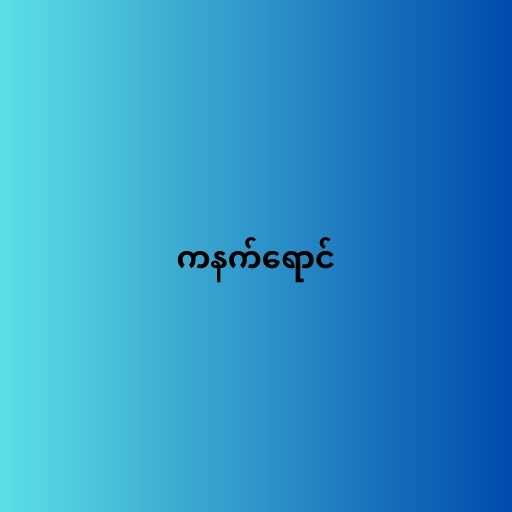
ကနက်ရောင်